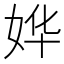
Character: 𫰡